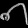
Digit: ၈